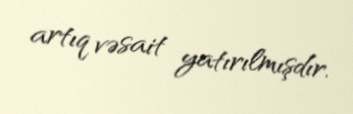
artıq vəsait yatırılmışdır.